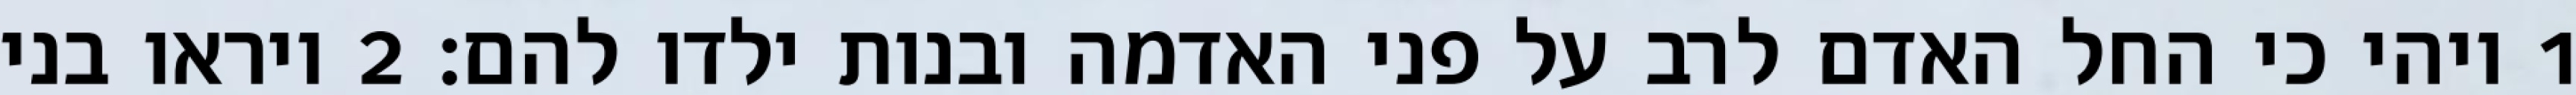
1 ויהי כי החל האדם לרב על פני האדמה ובנות ילדו להם׃ ‎2‏ ויראו בני